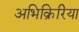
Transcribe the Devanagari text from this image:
अभिक्रिरिया